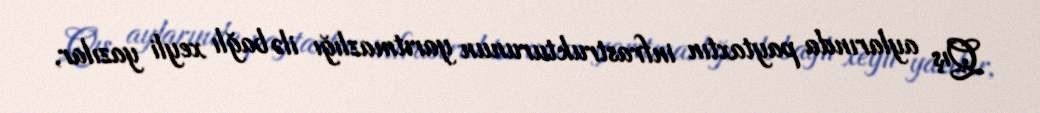
Qış aylarında paytaxtın infrastrukturunun yarıtmazlığı ilə bağlı xeyli yazılar,